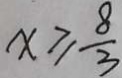
x \geq \frac { 8 } { 3 }